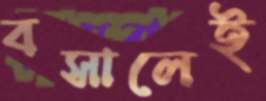
বসালেই